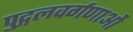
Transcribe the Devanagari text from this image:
पुद्गलवर्गणाओं